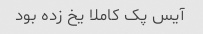
آیس پک کاملا یخ زده بود